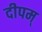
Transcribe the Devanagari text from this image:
दीपम्